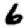
Digit: 6